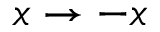
x \to - x